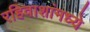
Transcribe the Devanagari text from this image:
रहिवाशांमध्ये